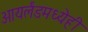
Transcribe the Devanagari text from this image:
आयर्लंडमध्येही